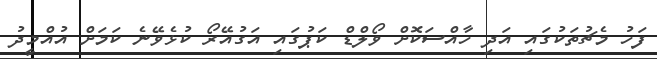
ފަހު މެޗުތަކުގައި އަދި ހާއްސަކޮށް ވޯލްޑް ކަޕުގައި އަގުއޭރޯ ކުޅެވޭނެ ކަމަށް އުއްމީދު